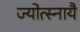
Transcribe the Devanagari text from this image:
ज्योत्स्नायै